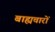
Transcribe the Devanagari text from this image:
बाह्यचारों